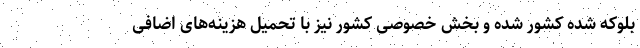
بلوکه شده کشور شده و بخش خصوصی کشور نیز با تحمیل هزینه‌های اضافی